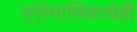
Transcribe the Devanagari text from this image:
त्रे्रेमासिकाचेही